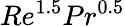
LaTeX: Re^{1.5}Pr^{0.5}